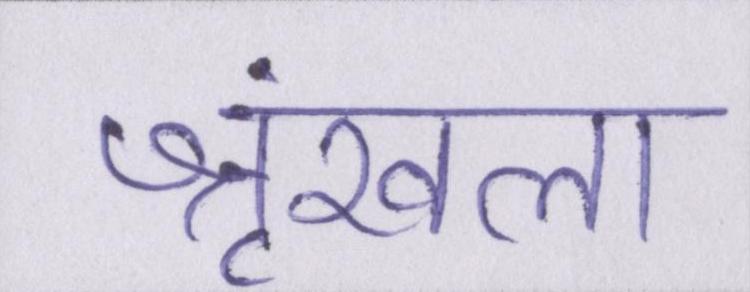
श्रृंखला